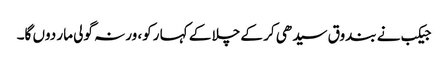
جیکب نے بندوق سیدھی کر کے چلا کے کہا رکو، ورنہ گولی مار دوں گا۔